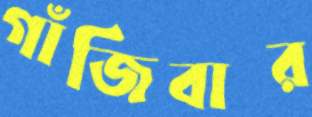
গাঁজিবার